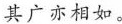
其广亦相如。